Scottish Leaving Certificate Examination, 1961
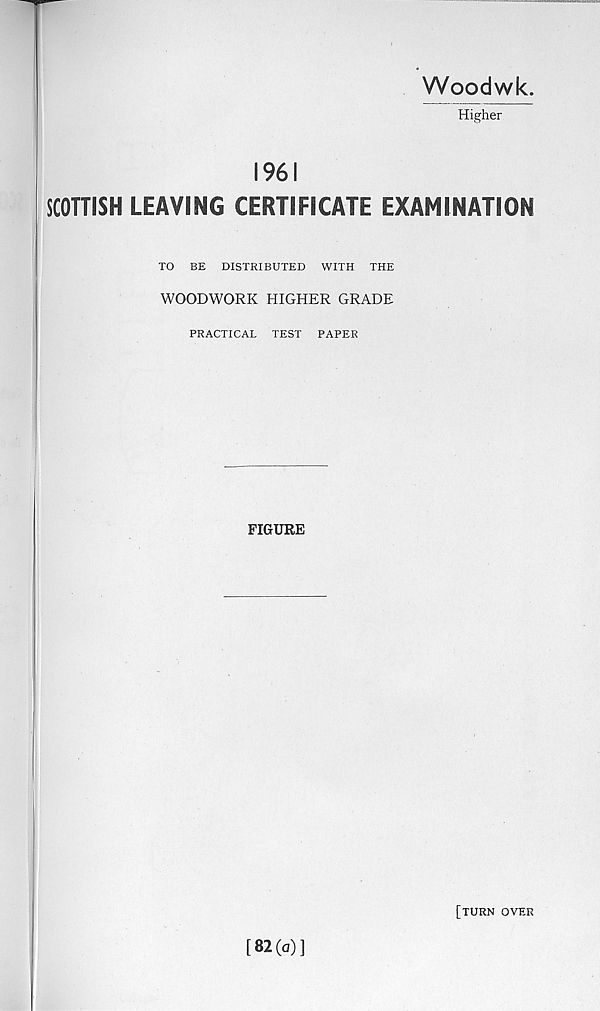
Woodwk.
Higher
1961
SCOTTISH LEAVING CERTIFICATE EXAMINATION
TO BE DISTRIBUTED WITH THE
WOODWORK HIGHER GRADE
PRACTICAL TEST PAPER
FIGURE
[turn over
[82(o)j